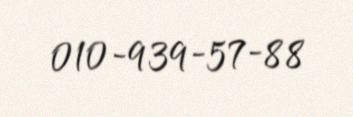
010-939-57-88